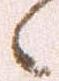
候